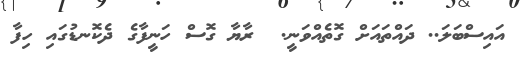
އައިސްބަލަ.. ދައްތައަށް ގޮތެއްވަނީ.  ރާޔާ ގޮސް ހަނީފާގެ ދެކޮނޑުގައި ހިފާ